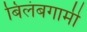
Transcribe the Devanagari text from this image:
बिलंबगामी